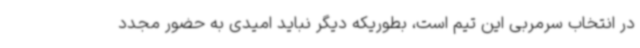
در انتخاب سرمربی این تیم است، بطوریکه دیگر نباید امیدی به حضور مجدد